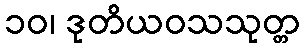
၁၀၊ ဒုတိယဝသသုတ္တ